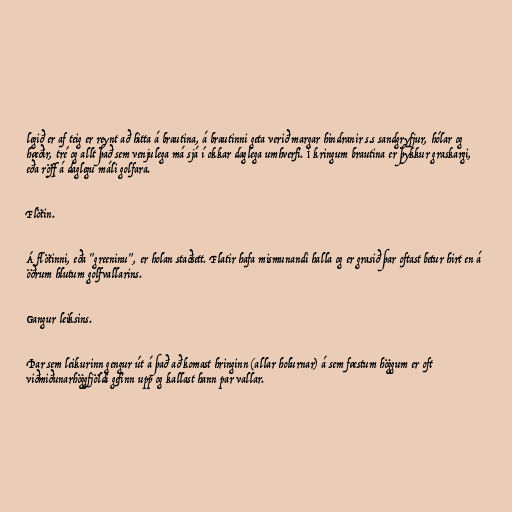
legið er af teig er reynt að hitta á brautina, á brautinni geta verið margar hindranir s.s sandgryfjur, hólar og
hæðir, tré og allt það sem venjulega má sjá í okkar daglega umhverfi. Í kringum brautina er þykkur graskargi,
eða röff á daglegu máli golfara.

Flötin.

Á flötinni, eða "greeninu", er holan staðsett. Flatir hafa mismunandi halla og er grasið þar oftast betur hirt en á
öðrum hlutum golfvallarins.

Gangur leiksins.

Þar sem leikurinn gengur út á það að komast hringinn (allar holurnar) á sem fæstum höggum er oft
viðmiðunarhöggfjöldi gefinn upp og kallast hann par vallar.